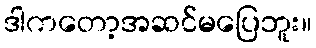
ဒါကတော့အဆင်မပြေဘူး။